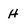
Character: h